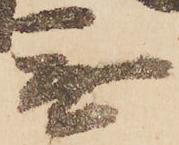
無